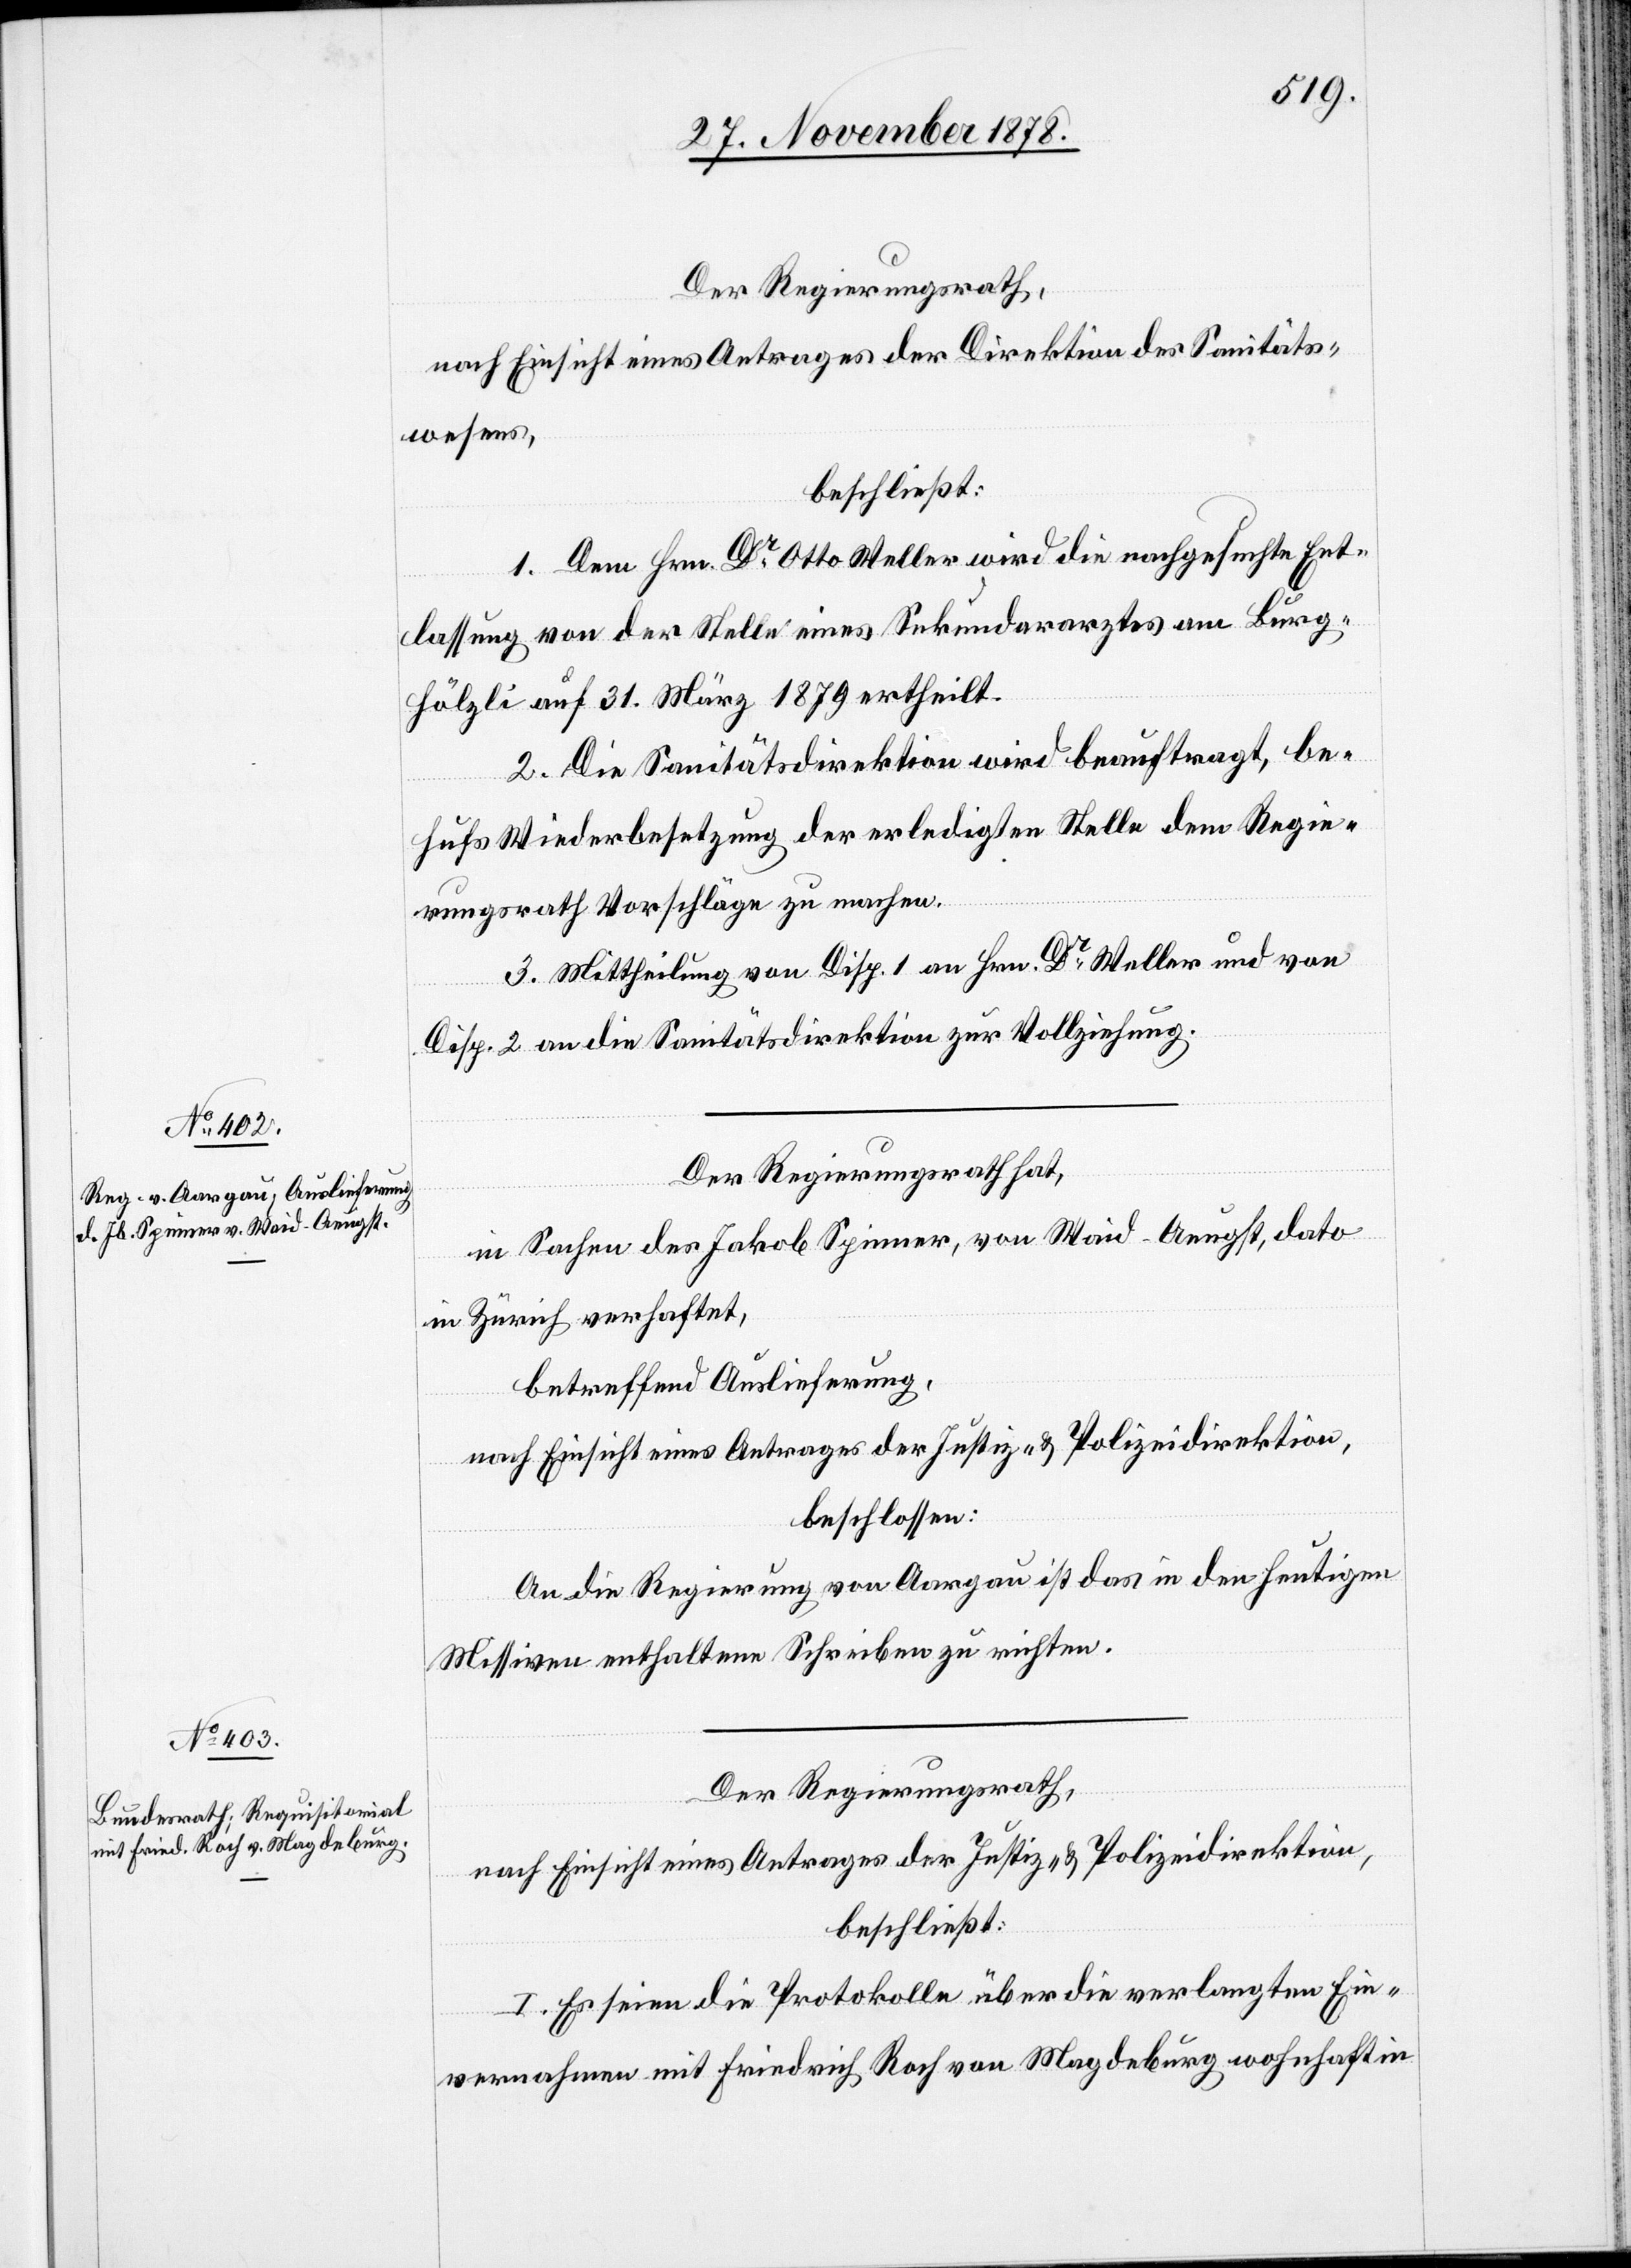
Der Regierungsrath,
nach Einsicht eines Antrages der Direktion des Sanitäts¬
wesens,
beschließt:
1. Dem Hrn. Dr Otto Weller wird die nachgesuchte Ent¬
lassung von der Stelle eines Sekundararztes am Burg¬
hölzli auf 31. März 1879 ertheilt.
2. Die Sanitätsdirektion wird beauftragt, be¬
hufs Wiederbesetzung der erledigten Stelle dem Regie¬
rungsrath Vorschläge zu machen.
3. Mittheilung von Disp. 1 an Hrn. Dr Weller und von
Disp. 2 an die Sanitätsdirektion zur Vollziehung.
Der Regierungsrath hat,
in Sachen des Jakob Spinner, von Waid - Aeugst, dato
in Zürich verhaftet,
betreffend Auslieferung,
nach Einsicht eines Antrages der Justiz- & Polizeidirektion,
beschlossen:
An die Regierung von Aargau ist das in den heutigen
Missiven enthaltene Schreiben zu richten.
nach Einsicht eines Antrages der Justiz- & Polizeidirektion,
beschließt:
I. Es seien die Protokolle über die verlangten Ein¬
vernahmen mit Friedrich Roch von Magdeburg wohnhaft in